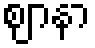
ဈာနာ